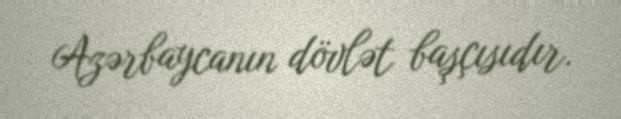
Azərbaycanın dövlət başçısıdır.